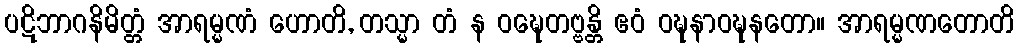
ပဋိဘာဂနိမိတ္တံ အာရမ္မဏံ ဟောတိ, တသ္မာ တံ န ဝဍ္ဎေတဗ္ဗန္တိ ဧဝံ ဝဍ္ဎနာဝဍ္ဎနတော။ အာရမ္မဏတောတိ